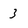
Character: 3